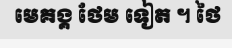
មេគង្គ ថែម ទៀត ។ ថៃ